Lunatic asylums Madras 1892-1911 - 1892-1911
Year: 1892
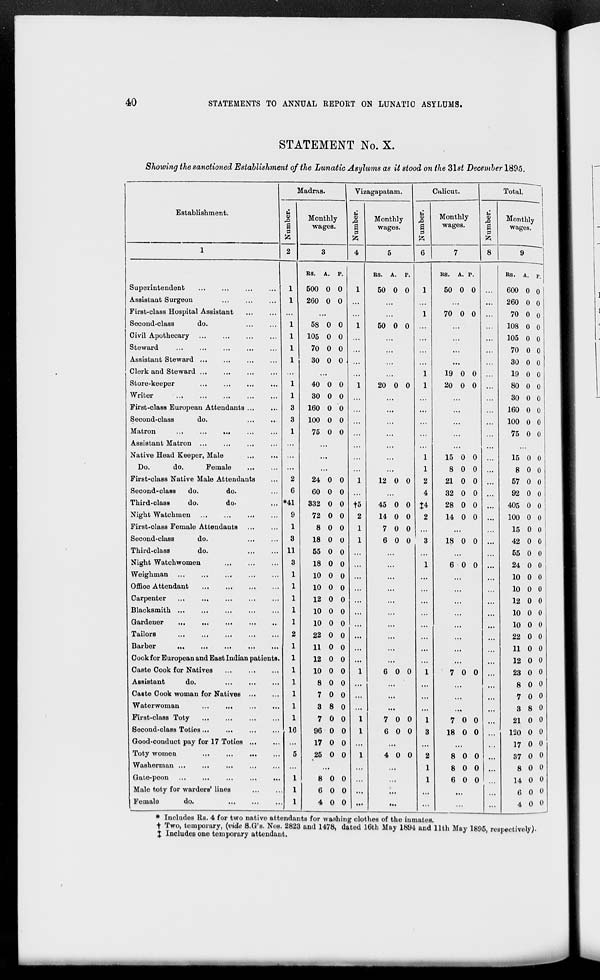
40
STATEMENTS TO ANNUAL REPORT ON LUNATIC ASYLUMS.
STATEMENT No. X.
Showing the sanctioned Establishment of the Lunatic Asylums as it stood on the Slst December 1895.
Madras.
Vizagapatam.
Calicut.
Total.
Establishment.
a
m
2
Monthly
wages.
A
S
P
Monthly
wages.
a a
Monthly
wages.
,2
a
Monthly
wages.
1
3
4
5
1 6
7
8
9
RS. A. F.
RS. A. P.
RS. A. P.
Rs. A. p.
Superintendent
1
500 0 0
1
50 0 0
i
50 0 0
600 0 0
»■
Assistant Surgeon
1
260 0 0
...
260 0 0
First-class Hospital Assistant
...
...
i
70 0 0
70 0 o
Second-class
do.
1
58 0 0
1
50 0 0
108 0 0
Civil Apothecary ...
1
105 0 0
105 0 0
Steward
1
70 0 0
70 0 0
Assistant Steward
1
30 0 0
30 0 0
Clerk and Steward
...
...
i
19 0 0
19 0 0
Store-keeper
1
40 0 0
1
20 0 0
i
20 0 0
80 0 0
Writer
...
1
30 0 0
30 0 0
First-class European Attendants ...
3
160 0 0
...
...
160 0 0
Second-class
do.
3
100 0 0
100 0 0
Matron
...
...
...
1
75 0 0
75 0 0
Assistant Matron ...
...
...
Native Head Keeper, Male
...
...
I
15 0 0
15 0 0
Do.
do.
Female
...
...
...
I
8 0 0
8 0 0
First-class Native Male Attendants
2
24 0 0
1
12 0 0
2
21 0 0
57 0 0
Second-class
do.
do.
6
60 0 0
4
32 0 0
92 0 0
Third-class
do.
do-
*41
332 0 0 t«
45 0 0 J4
28 0 0
405 0 0
Night Watchmen
9
72 0 0
2
14 0 0
2
14 0 0
100 0 0
First-class Female Attendants
1
8 0 0
1
7 0 0
15 0 0
Second-class
do.
3
18 0 0
1
6 0 0
3
18 0 0
42 0 0
Third-class
do.
11
55 0 0
55 0 0
Night Watchwomen
3
18 0 0 ...
1
6 0 0
24 0 0
■
Weighman
1
10 0 0 ...
10 0 0
Office Attendant
...
1
10 0 0
10 0 0
Carpenter
...
1
12 0 0 ...
...
12 0 0
Blacksmith
1
10 0 0
10 0 0
Gardener
1
10 0 0
...
10 0 0
TailorB
2
22 0 0 ...
...
22 0 0
Barber
1
11 0 0
11 0 0
Cook for European and East Indian patients.
1
12 0 0 ...
...
...
12 0 0
Caste Cook for Natives
...
1
10 0 0
1
6 0 0
1
7 0 0 ...
23 0 0
Assistant
do.
1
8 0 0
•
8 0 0
Caste Cook woman for Natives
1
7 0 0
7 0 0
Waterwoman
...
...
1
3 8 0
...
...
3 8 0
First-class Toty
1
7 0 0
1
7 0 0
1
7 0 0
21 0 0
Seoond-class Toties...
16
96 0 0
1
6 0 0
3
18 0 0 ...
120 0 0
Good-oonduct pay for 17 Toties
...
17 0 0
...
17 0 0
Toty women
...
5
25 0 0
1
4 0 0
2
8 0 0
37 0 o
Washerman ...
...
...
1
8 0 0
8 0 0
Gate-peon
...
1
8 0 0
...
1
6 0 0
14 0 0
Male toty for warders' lineB
1
6 0 0 •■•
...
...
6 0 0
Female
do.
. 1
4 0 0 ...
...
... 1
...
4 0 0
* Includes Rs. 4 for two nativo attendants for washing clothes of the inmates.
t Two, temporary, (vide S.G's. NOB. 2823 and 1478, dated 16th May 1894 and 11th May 1895, respectively).
% Includes one temporary attendant,